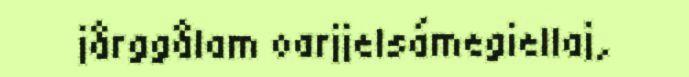
jårggålam oarjjelsámegiellaj,